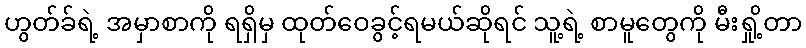
ဟွတ်ခ်ရဲ့ အမှာစာကို ရရှိမှ ထုတ်ဝေခွင့်ရမယ်ဆိုရင် သူ့ရဲ့ စာမူတွေကို မီးရှို့တာ